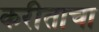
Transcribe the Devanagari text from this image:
करीताचा